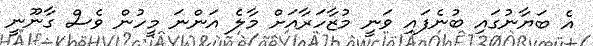
އެ ބަޔާނުގައި ބުނެފައި ވަނީ މުޒާހަރާއަށް މާލެ އަންނަ މީހުން ވެސް ގާނޫނީ